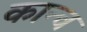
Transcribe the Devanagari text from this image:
कान्च